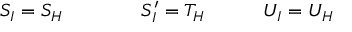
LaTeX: S _ { I } = S _ { H } \qquad \qquad S _ { I } ^ { \prime } = T _ { H } \quad \qquad U _ { I } = U _ { H } \,